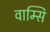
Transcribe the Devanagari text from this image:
वाम्सि